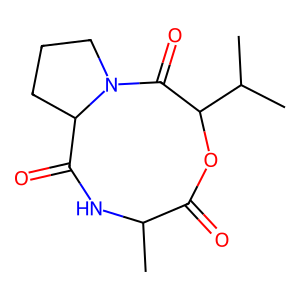
SMILES: CC1NC(=O)C2CCCN2C(=O)C(C(C)C)OC1=O
Inhibits HIV replication: No